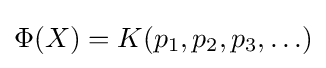
\Phi (X)=K(p_{1},p_{2},p_{3},\ldots )